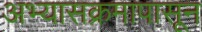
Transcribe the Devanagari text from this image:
अभ्यासक्रमापासून